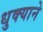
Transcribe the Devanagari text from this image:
धुक्याने